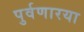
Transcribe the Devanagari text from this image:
पुर्वणारया